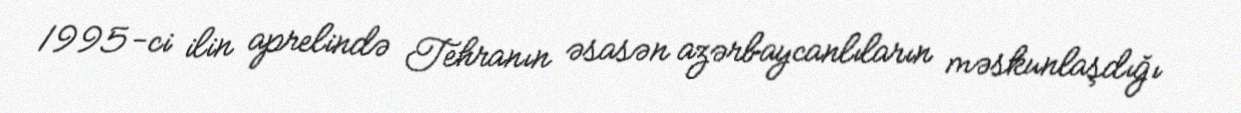
1995-ci ilin aprelində Tehranın əsasən azərbaycanlıların məskunlaşdığı